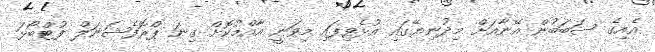
އެއިގެ ސަބަބުން އޭނާއަށް މިދުނިޔޭގައި އުޅެވިފައި މިވަނީ އާއްމުކޮށް ގިނަ ޕްރޮފެޝަނަލް ފުޓްބޯޅަ